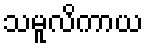
သမူလိကာယ